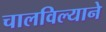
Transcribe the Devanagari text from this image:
चालविल्याने